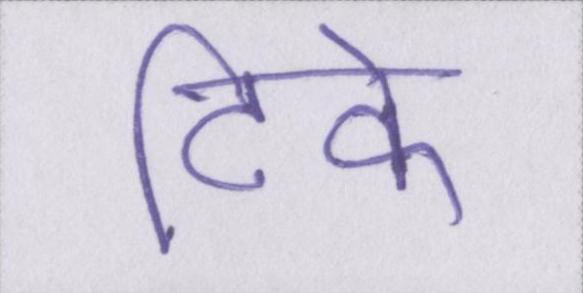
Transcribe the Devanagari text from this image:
टिके